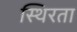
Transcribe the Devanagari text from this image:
स्थिरता